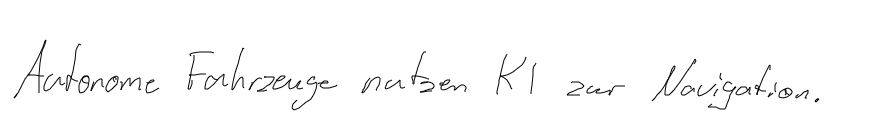
Autonome Fahrzeuge nutzen KI zur Navigation.